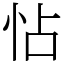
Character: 怗